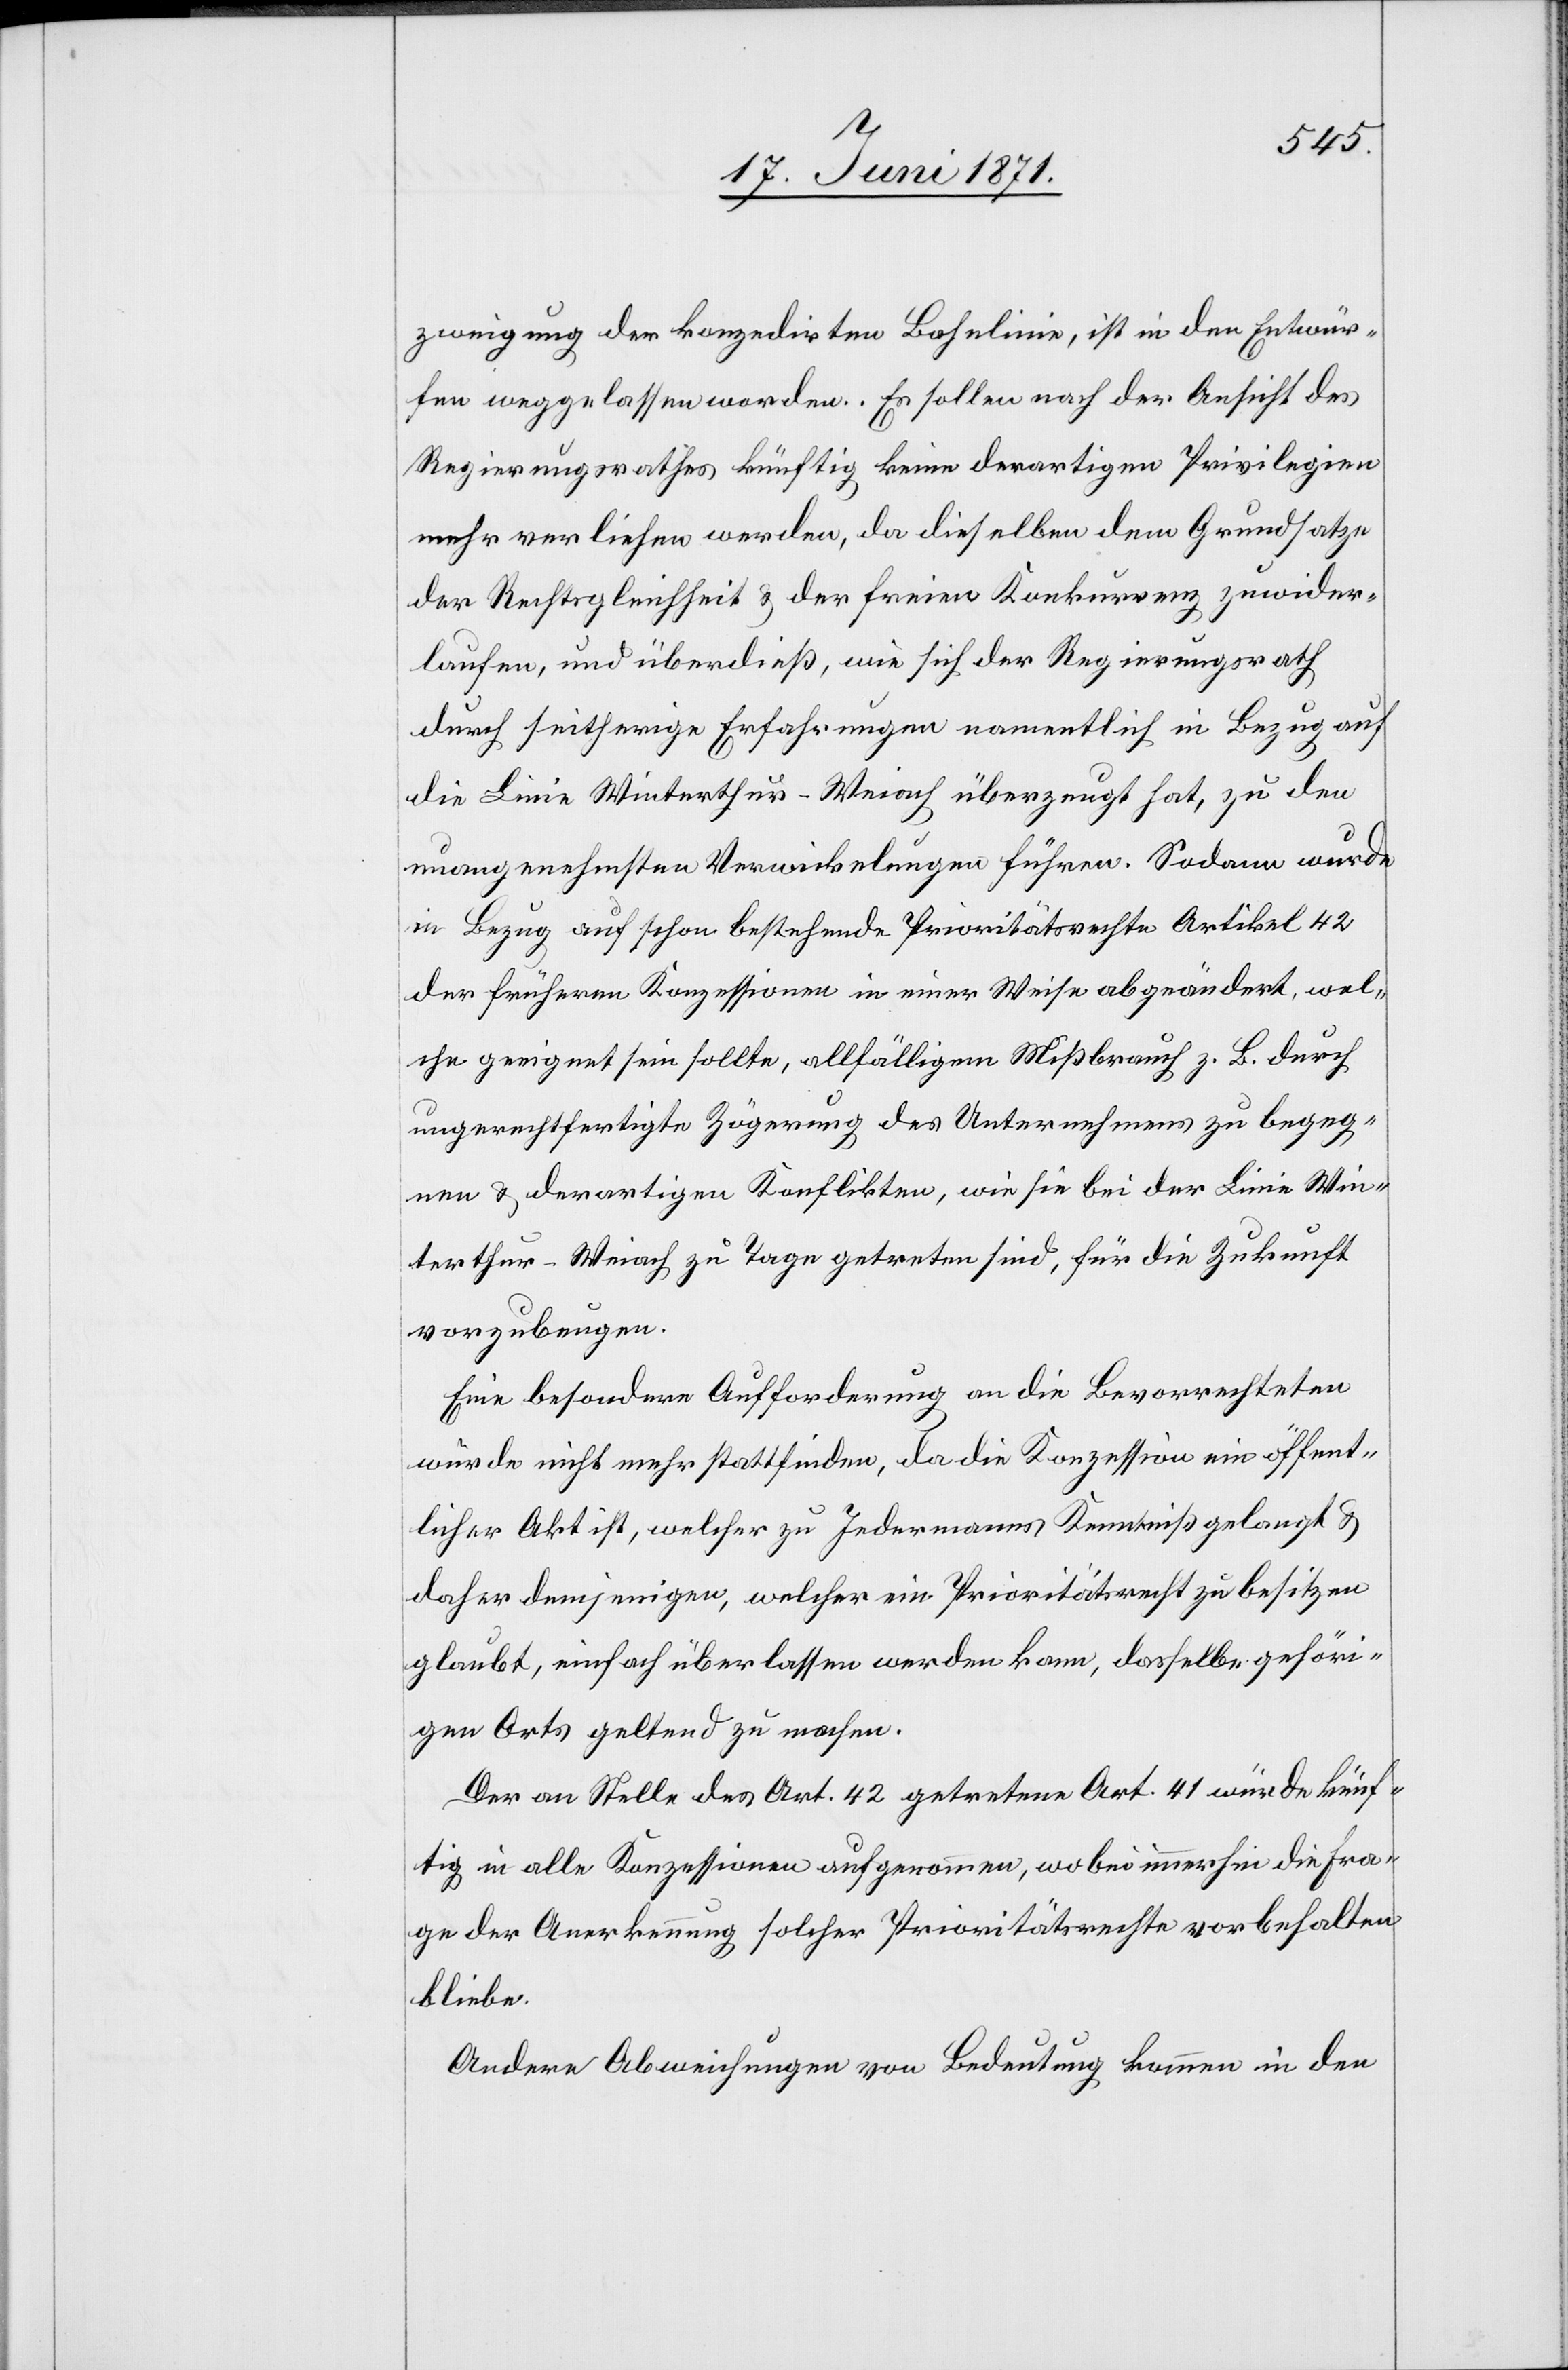
zweigung der konzedirten Bahnlinie, ist in den Entwür¬
fen weggelassen worden. Es sollen nach der Ansicht des
Regierungsrathes künftig keine derartigen Privilegien
mehr verliehen werden, da dieselben dem Grundsatze
der Rechtsgleichheit u. der freien Konkurrenz zuwider¬
laufen, und überdieß, wie sich der Regierungsrath
durch seitherige Erfahrungen namentlich in Bezug auf
die Linie Winterthur-Weiach überzeugt hat, zu den
unangenehmsten Verwickelungen führen. Sodann wurde
in Bezug auf schon bestehende Prioritätsrechte Artikel 42
der früheren Konzessionen in einer Weise abgeändert, wel¬
che geeignet sein sollte, allfälligem Mißbrauch z. B. durch
ungerechtfertigte Zögerung des Unternehmens zu begeg¬
nen u. derartigen Konflikten, wie sie bei der Linie Win¬
terthur-Weiach zu Tage getreten sind, für die Zukunft
vorzubeugen.
Eine besondere Aufforderung an die Bevorrechteten
würde nicht mehr stattfinden, da die Konzession ein öffent¬
licher Akt ist, welcher zu Jedermanns Kenntniß gelangt u.
daher demjenigen, welcher ein Prioritätsrecht zu besitzen
glaubt, einfach überlassen werden kann, dasselbe gehöri¬
gen Orts geltend zu machen.
Der an Stelle des Art. 42 getretene Art. 41 würde künf¬
tig in alle Konzessionen aufgenommen, wobei immerhin die Fra¬
ge der Anerkennung solcher Prioritätsrechte vorbehalten
bleibe.
Andere Abweisungen von Bedeutung kommen in den